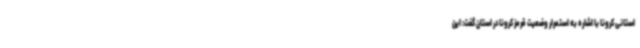
استانی کرونا با اشاره به استمرار وضعیت قرمز کرونا در استان گفت: این